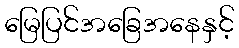
မြေပြင်အခြေအနေနှင့်